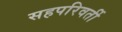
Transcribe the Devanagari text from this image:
सहपरिवर्ती